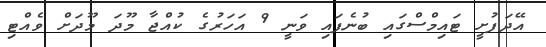
އޭދަފުށީ ޓައިމްސްގައި ބުނެފައި ވަނީ 9 އަހަރުގެ ކުއްޖާ މޫދަ މޫދަށް ވެއްޓި